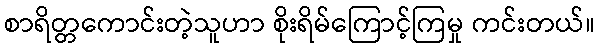
စာရိတ္တကောင်းတဲ့သူဟာ စိုးရိမ်ကြောင့်ကြမှု ကင်းတယ်။